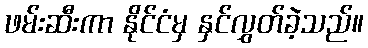
ဖမ်းဆီးကာ နိုင်ငံမှ နှင်လွှတ်ခဲ့သည်။